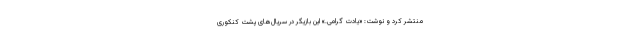
منتشر کرد و نوشت: «یادت گرامی.» این بازیگر در سریال‌های پشت کنکوری‌